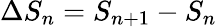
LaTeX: \Delta S_{n}=S_{n+1}-S_{n}